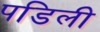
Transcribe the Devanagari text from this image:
पडिली